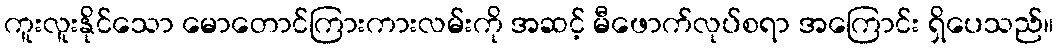
ကူးလူးနိုင်သော မောတောင်ကြားကားလမ်းကို အဆင့် မီဖောက်လုပ်စရာ အကြောင်း ရှိပေသည်။